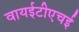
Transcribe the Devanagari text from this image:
वायईटीएचई